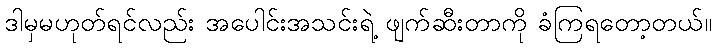
ဒါမှမဟုတ်ရင်လည်း အပေါင်းအသင်းရဲ့ ဖျက်ဆီးတာကို ခံကြရတော့တယ်။